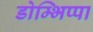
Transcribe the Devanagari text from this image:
डोम्भिप्पा